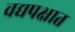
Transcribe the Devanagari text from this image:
वद्यपक्षात